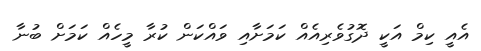
އެއީ ކިމް އަކީ ދޮގުވެރިއެއް ކަމަށާއި ވައްކަން ކުރާ މީހެއް ކަމަށް ބުނާ